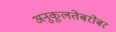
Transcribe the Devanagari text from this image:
अनुकूलतेबरोबर